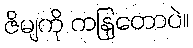
ဇိမျကို ကနြတောပဲ။